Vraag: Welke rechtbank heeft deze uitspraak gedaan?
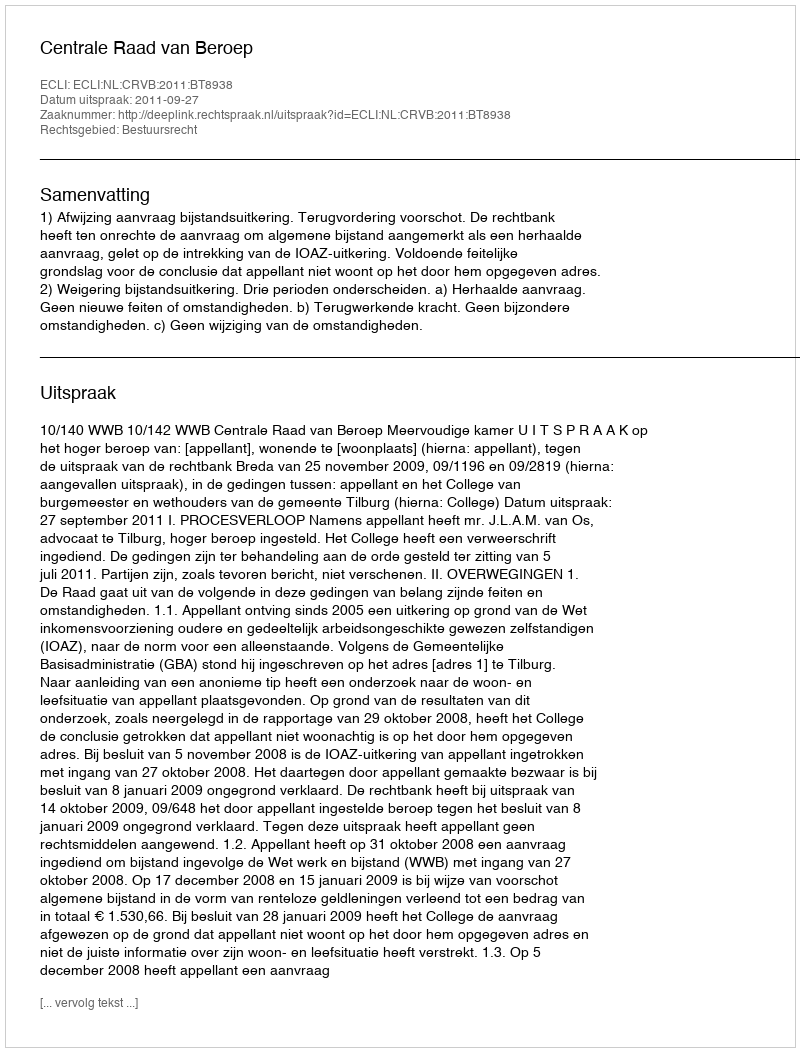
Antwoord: Centrale Raad van Beroep